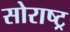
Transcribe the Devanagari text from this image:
सोराष्ट्र